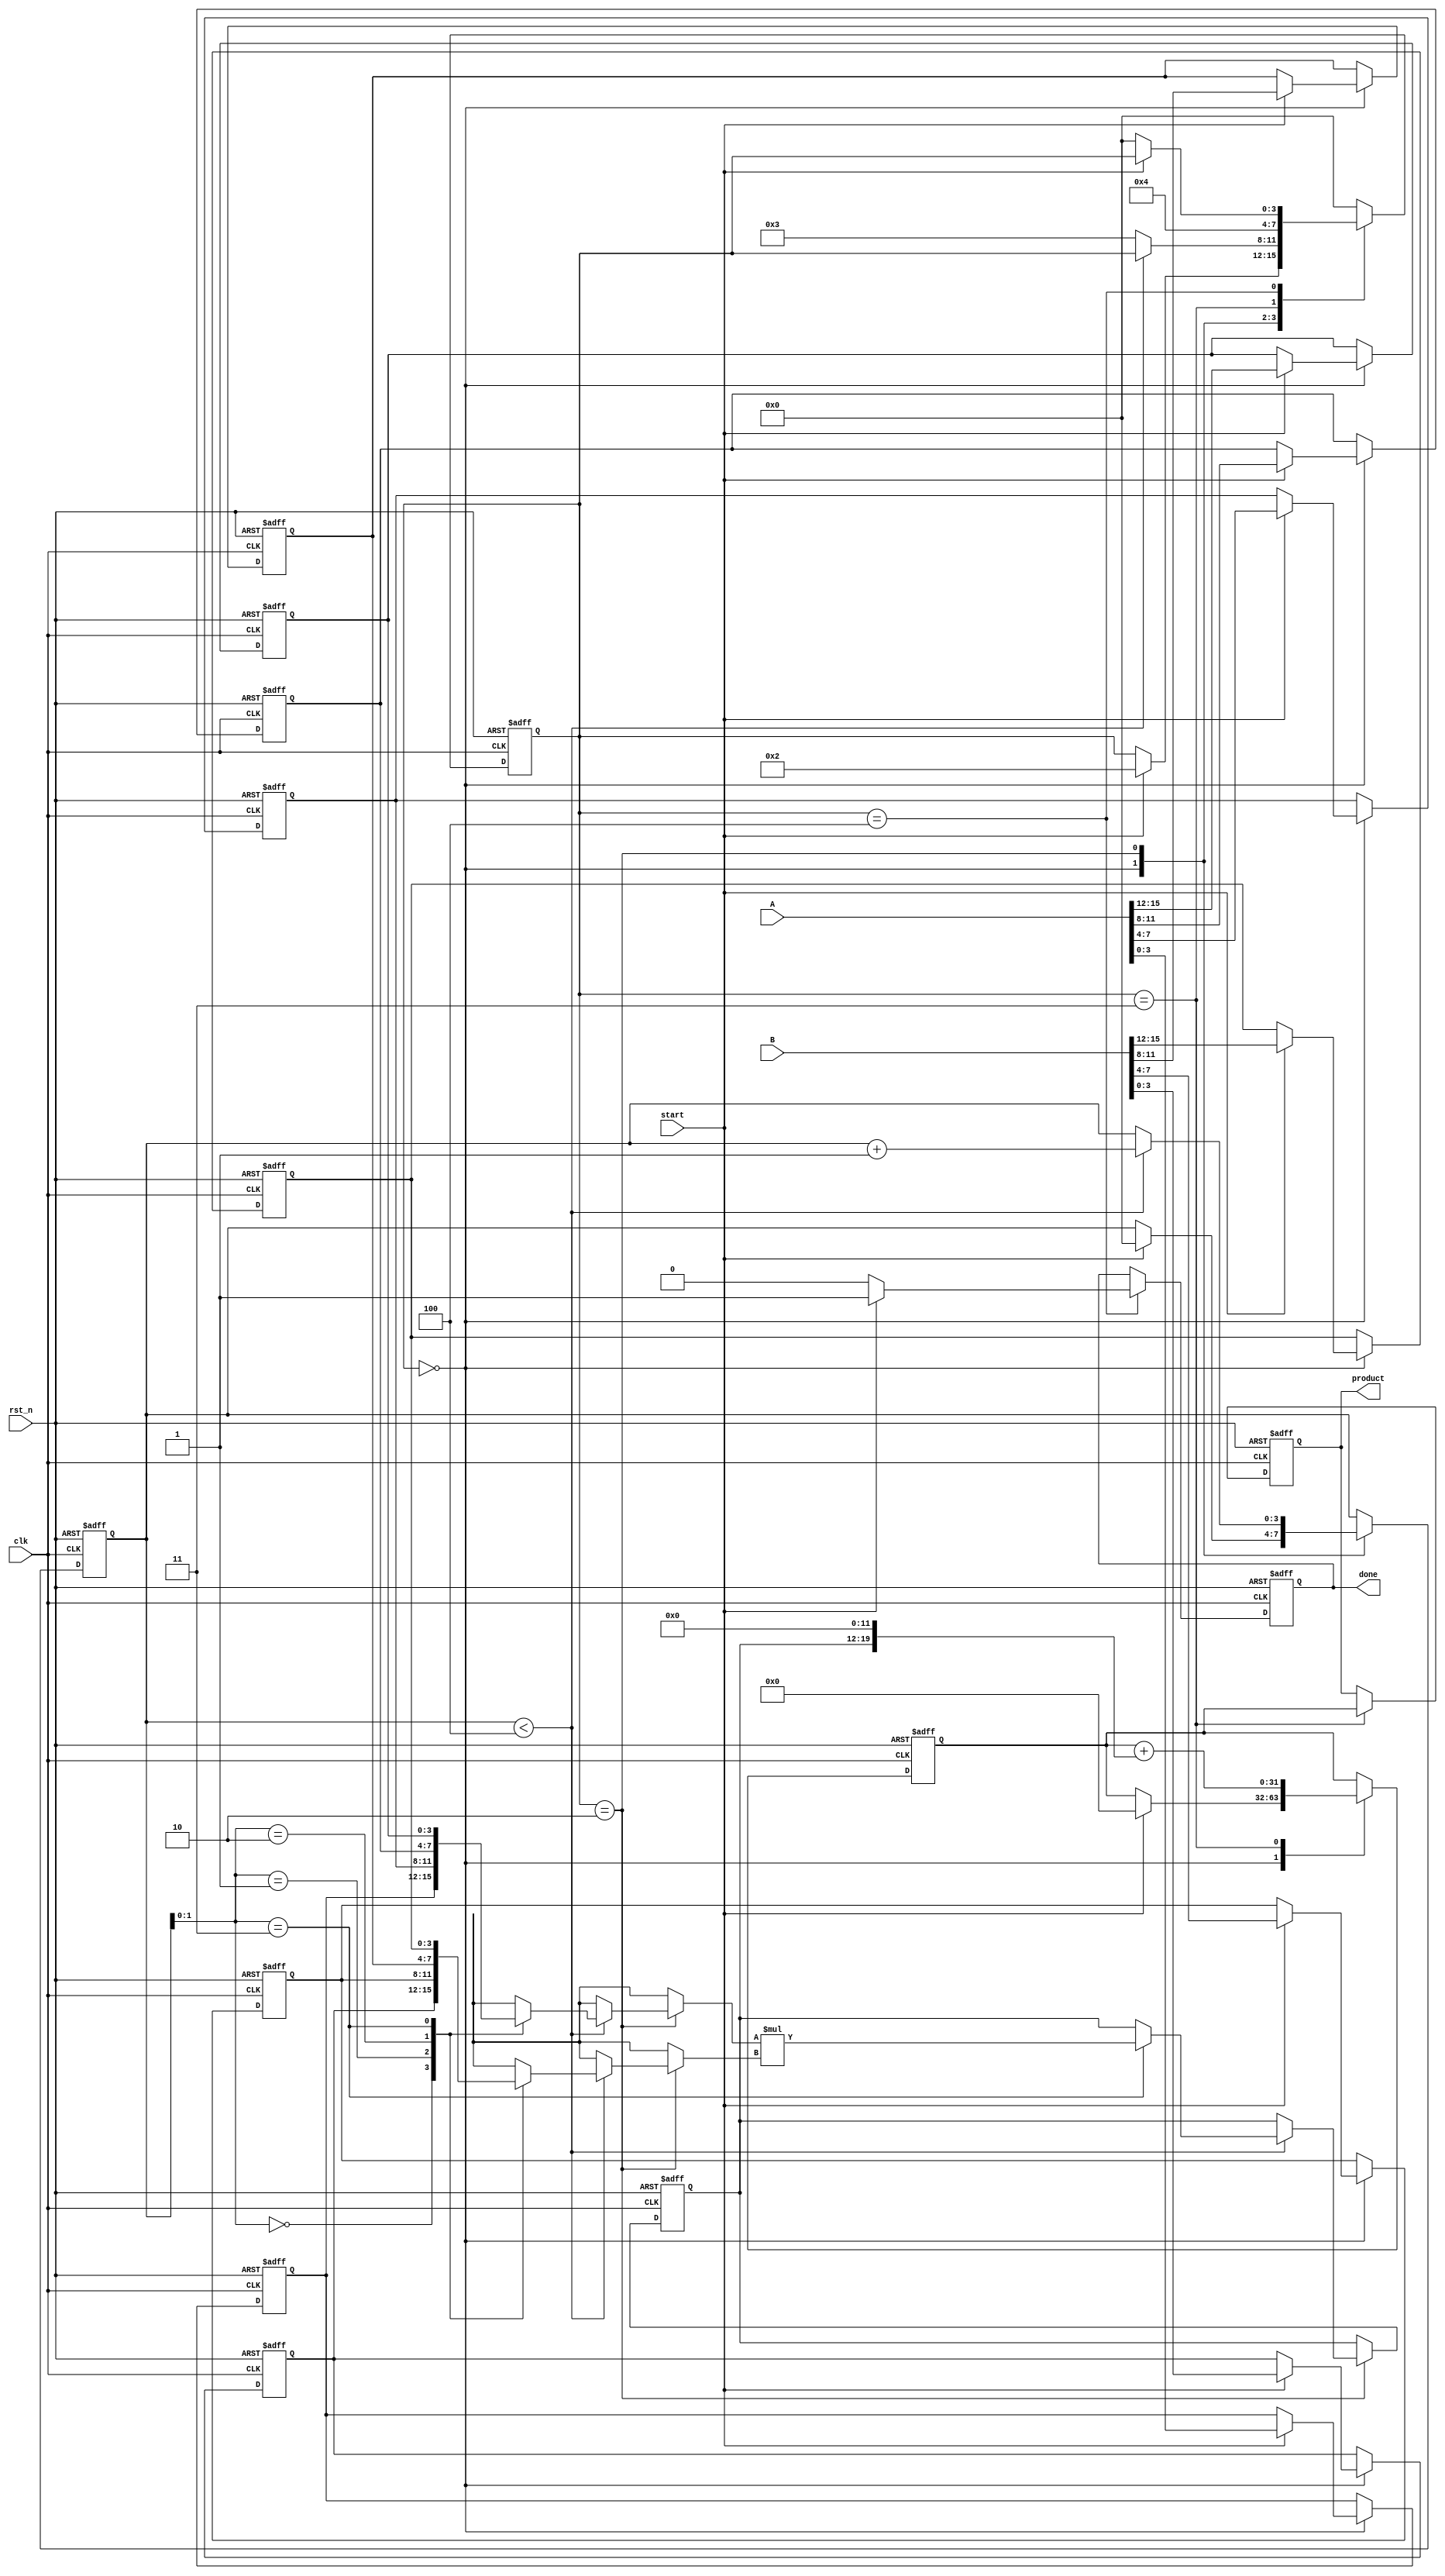
module pipelined_sliced_multiplier #(
    parameter DATA_WIDTH = 16,  // Total width of input operands
    parameter SLICE_WIDTH = 4    // Width of each slice
)(
    input clk,
    input rst_n,
    input [DATA_WIDTH-1:0] A,   // Operand A
    input [DATA_WIDTH-1:0] B,   // Operand B
    input start,                 // Start signal for multiplication
    output reg [2*DATA_WIDTH-1:0] product, // Final product
    output reg done              // Done signal
);

    localparam NUM_SLICES = DATA_WIDTH / SLICE_WIDTH; // Number of slices
    reg [SLICE_WIDTH-1:0] A_slices [0:NUM_SLICES-1]; // Slices of A
    reg [SLICE_WIDTH-1:0] B_slices [0:NUM_SLICES-1]; // Slices of B
    reg [2*SLICE_WIDTH-1:0] partial_products [0:NUM_SLICES-1]; // Partial products
    reg [2*DATA_WIDTH-1:0] sum; // Accumulated sum of partial products
    reg [3:0] state; // State for controlling pipeline stages
    reg [3:0] slice_count; // Counter for slices processed

    // State encoding
    localparam IDLE = 4'b0000,
               LOAD = 4'b0001,
               COMPUTE = 4'b0010,
               ACCUMULATE = 4'b0011,
               DONE = 4'b0100;

    // Slice the inputs
    integer i;
    always @(posedge clk or negedge rst_n) begin
        if (!rst_n) begin
            for (i = 0; i < NUM_SLICES; i = i + 1) begin
                A_slices[i] <= 0;
                B_slices[i] <= 0;
                partial_products[i] <= 0;
            end
            product <= 0;
            sum <= 0;
            state <= IDLE;
            slice_count <= 0;
            done <= 0;
        end else begin
            case (state)
                IDLE: begin
                    if (start) begin
                        // Load slices
                        for (i = 0; i < NUM_SLICES; i = i + 1) begin
                            A_slices[i] <= A[i*SLICE_WIDTH +: SLICE_WIDTH];
                            B_slices[i] <= B[i*SLICE_WIDTH +: SLICE_WIDTH];
                        end
                        sum <= 0;
                        slice_count <= 0;
                        state <= COMPUTE;
                    end
                end

                COMPUTE: begin
                    if (slice_count < NUM_SLICES) begin
                        // Compute partial product for current slice
                        partial_products[slice_count] <= A_slices[slice_count] * B_slices[slice_count];
                        slice_count <= slice_count + 1;
                    end else begin
                        state <= ACCUMULATE;
                    end
                end

                ACCUMULATE: begin
                    // Accumulate partial products
                    for (i = 0; i < NUM_SLICES; i = i + 1) begin
                        sum <= sum + (partial_products[i] << (i * SLICE_WIDTH));
                    end
                    product <= sum;
                    state <= DONE;
                end

                DONE: begin
                    done <= 1; // Indicate multiplication is done
                    if (!start) begin
                        state <= IDLE; // Reset state if start is low
                        done <= 0; // Clear done signal
                    end
                end

                default: state <= IDLE;
            endcase
        end
    end
endmodule